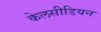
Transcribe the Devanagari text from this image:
केलसीडियन